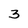
Character: 3